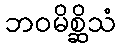
ဘဝမိစ္ဆိသံ